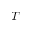
T -